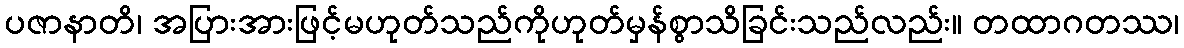
ပဇာနာတိ၊ အပြားအားဖြင့်မဟုတ်သည်ကိုဟုတ်မှန်စွာသိခြင်းသည်လည်း။ တထာဂတဿ၊